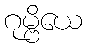
ဂုမ္ဗိယေ